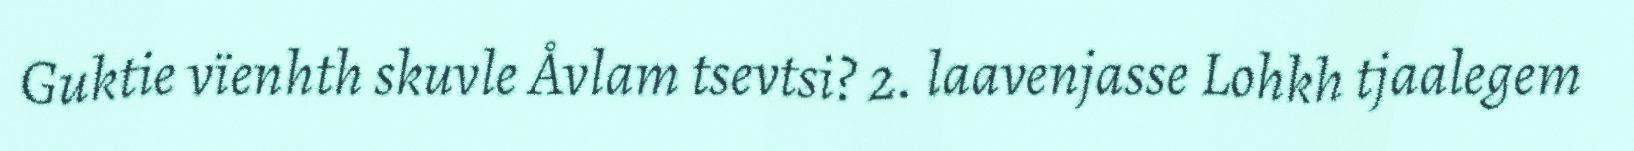
Guktie vïenhth skuvle Åvlam tsevtsi? 2. laavenjasse Lohkh tjaalegem